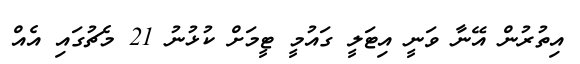
އިތުރުން އޭނާ ވަނީ އިޓަލީ ގައުމީ ޓީމަށް ކުޅުނު 21 މެޗުގައި އެއް